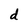
Character: d